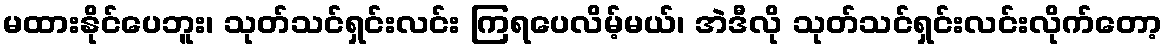
မထားနိုင်ပေဘူး၊ သုတ်သင်ရှင်းလင်း ကြရပေလိမ့်မယ်၊ အဲဒီလို သုတ်သင်ရှင်းလင်းလိုက်တော့